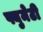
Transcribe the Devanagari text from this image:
फ्युमेटी